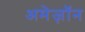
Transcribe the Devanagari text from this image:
अमेज़ॉन